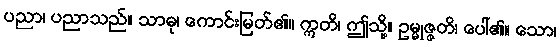
ပညာ၊ ပညာသည်။ သာဓု၊ ကောင်းမြတ်၏။ ဣတိ၊ ဤသို့။ ဥမ္မုဇ္ဇတိ၊ ပေါ်၏။ သော၊